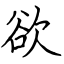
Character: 欲